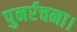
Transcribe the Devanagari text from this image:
पुनर्रचना।